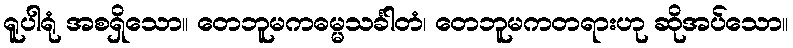
ရူပါရုံ အစရှိသော။ တေဘူမကဓမ္မသင်္ခါတံ၊ တေဘူမကတရားဟု ဆိုအပ်သော။